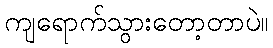
ကျရောက်သွားတော့တာပဲ။